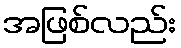
အဖြစ်လည်း